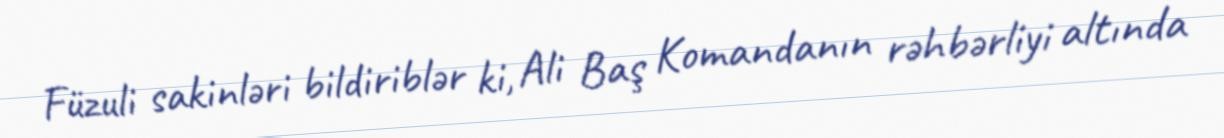
Füzuli sakinləri bildiriblər ki, Ali Baş Komandanın rəhbərliyi altında